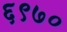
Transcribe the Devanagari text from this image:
६९७०